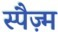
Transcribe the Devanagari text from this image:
स्पैज़्म